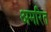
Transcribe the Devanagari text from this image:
अमरित